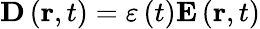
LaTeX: \mathbf{D}\left(\mathbf{r},t\right)=\varepsilon\left(t\right)\mathbf{E}\left(\mathbf{r},t\right)